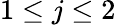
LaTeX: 1\le j\le 2